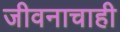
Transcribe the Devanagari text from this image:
जीवनाचाही